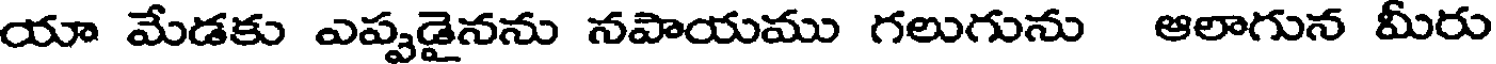
యా మేడకు ఎప్పడైనను నపాయము గలుగును ఆలాగున మీరు